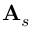
{ \bf A } _ { s }